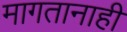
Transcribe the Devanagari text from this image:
मागतानाही